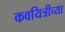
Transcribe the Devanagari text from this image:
कवयित्रीच्या